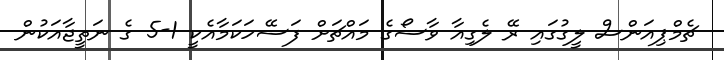
ޗެމްޕިއަންސް ލީގުގައި ރޭ ލެގިއާ ވާސޯގެ މައްޗަށް ފަސޭހަކަމާއެކީ 1-5 ގެ ނަތީޖާއަކުން